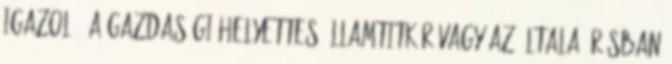
igazoló: a gazdasági helyettes államtitkár vagy az általa írásban